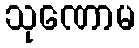
သုဏောမ